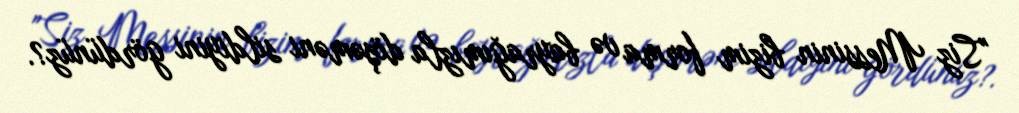
"Siz Messinin bizim forma və bayrağımızla döşəməni sildiyini gördünüz?.